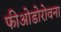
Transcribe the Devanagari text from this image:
फीओडोरोवना